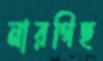
নারগিছ